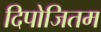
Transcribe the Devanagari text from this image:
दिपोजितम